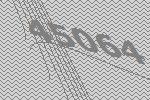
45064